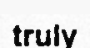
truly